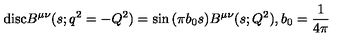
\mathrm { d i s c } B ^ { \mu \nu } ( s ; q ^ { 2 } = - Q ^ { 2 } ) = \sin { ( \pi b _ { 0 } s ) } B ^ { \mu \nu } ( s ; Q ^ { 2 } ) , b _ { 0 } = \frac { 1 } { 4 \pi }